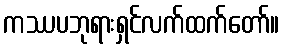
ကဿပဘုရားရှင်လက်ထက်တော်။